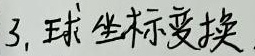
3. 球坐标变换.